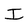
Character: I